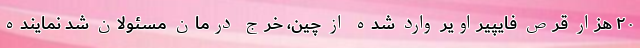
۲۰ هزار قرص فایپیراویر وارد شده از چین، خرج درمان مسئولان شد نماینده